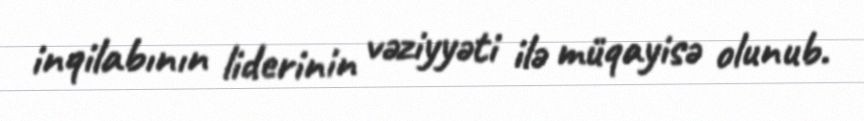
inqilabının liderinin vəziyyəti ilə müqayisə olunub.